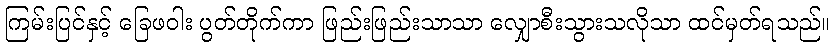
ကြမ်းပြင်နှင့် ခြေဖဝါး ပွတ်တိုက်ကာ ဖြည်းဖြည်းသာသာ လျှောစီးသွားသလိုသာ ထင်မှတ်ရသည်။